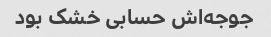
جوجه‌اش حسابی خشک بود